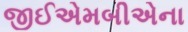
જીઈએમબીએના